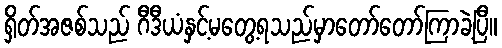
ရှိတ်အဇစ်သည် ဂီဒီယံနှင့်မတွေ့ရသည်မှာတော်တော်ကြာခဲ့ပြီ။